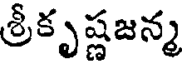
శ్రీకృష్ణజన్మ